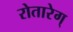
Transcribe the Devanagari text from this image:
रोतारेग्